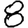
Digit: 8